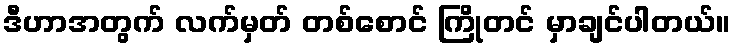
ဒီဟာအတွက် လက်မှတ် တစ်စောင် ကြိုတင် မှာချင်ပါတယ်။